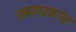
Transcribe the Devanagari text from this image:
सहादतनगर